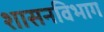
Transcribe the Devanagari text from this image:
शासनविभाग